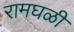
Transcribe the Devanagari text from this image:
रामघळी